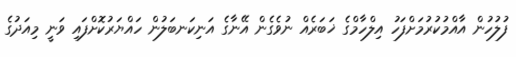
ފުލުހުން އާއްމުކުރުމަށްފަހު އިލްހާމްގެ ޚަބަރެއް ނުވެގެން އޭނާގެ އަނިކަނބަލުން ހައްޔަރުކޮށްފައި ވަނީ މިއަދުގެ